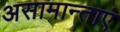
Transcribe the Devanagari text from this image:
असामान्ताएं